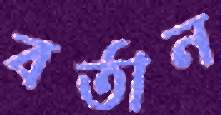
বর্তান